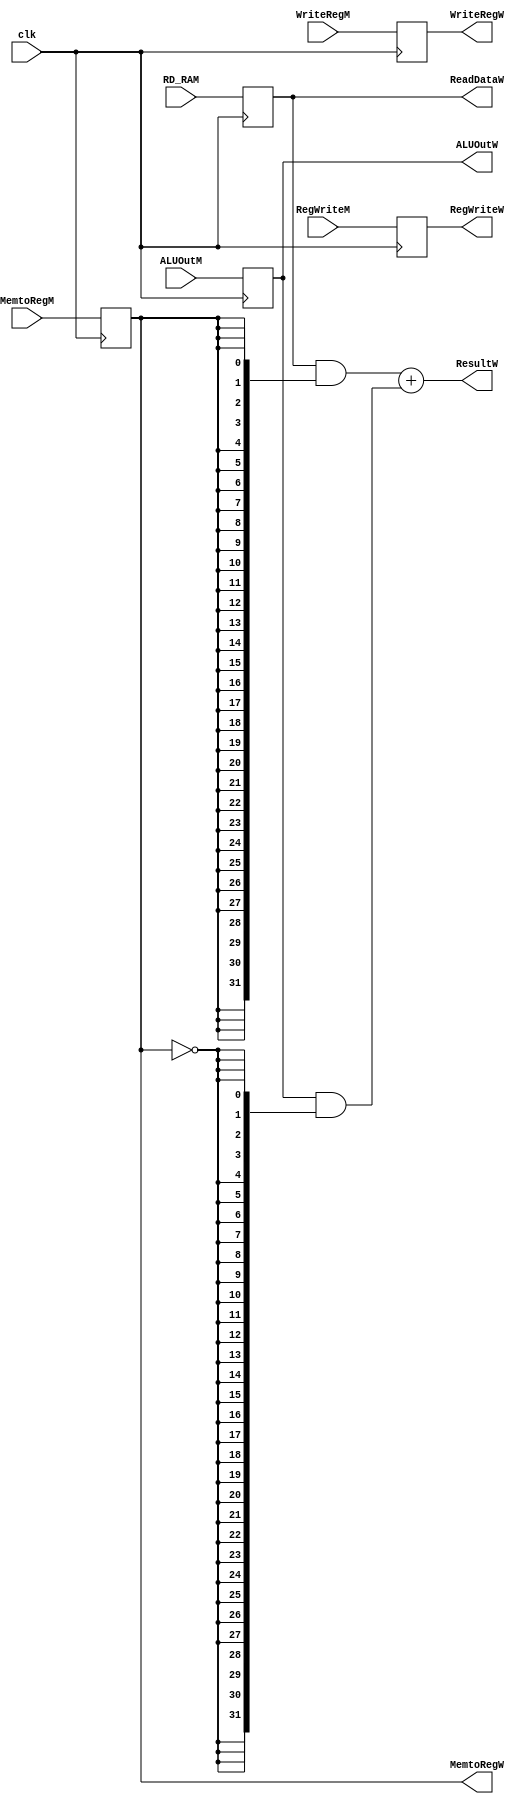
module CLK4(clk,RegWriteM,MemtoRegM,RD_RAM,ALUOutM,WriteRegM,
RegWriteW,MemtoRegW,ReadDataW,ALUOutW,WriteRegW,ResultW);

input clk,RegWriteM,MemtoRegM;
input [4:0] WriteRegM;
input [31:0] RD_RAM,ALUOutM;

output reg RegWriteW,MemtoRegW;
output reg [4:0] WriteRegW;
output reg [31:0] ReadDataW,ALUOutW;
output wire [31:0] ResultW;

always @ (posedge clk)
begin
	RegWriteW <= RegWriteM;
	MemtoRegW <= MemtoRegM;
	WriteRegW <= WriteRegM;
	ReadDataW <= RD_RAM;
	ALUOutW <= ALUOutM;
end

assign ResultW = (ReadDataW & {32{MemtoRegW}})+(ALUOutW & {32{!MemtoRegW}});

endmodule